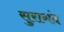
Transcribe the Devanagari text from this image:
सुरानंद